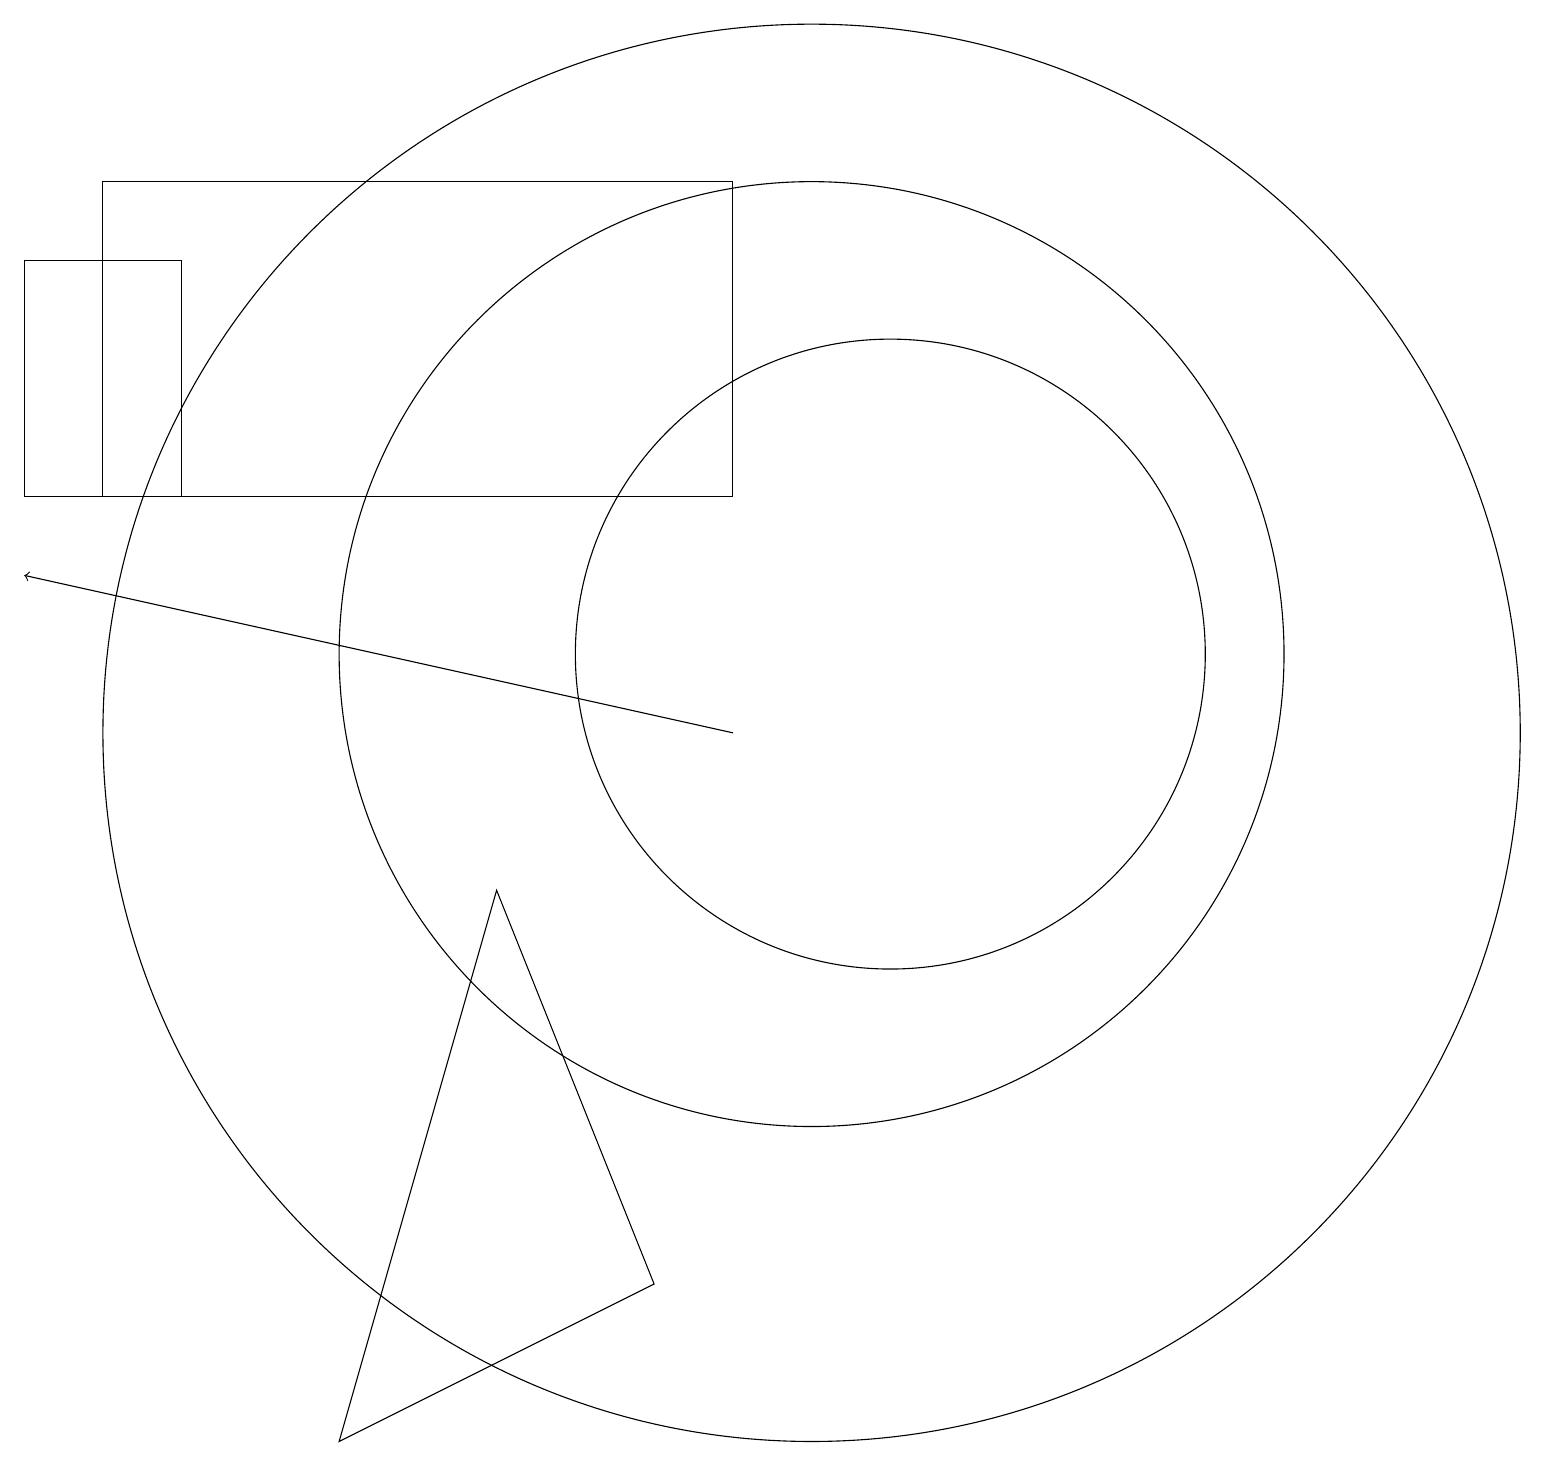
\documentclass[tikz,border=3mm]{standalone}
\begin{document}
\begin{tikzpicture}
\draw (1,13) rectangle (9,17);
\draw (10,10) circle (9);
\draw (11,11) circle (4);
\draw[->] (9,10) -- (0,12);
\draw (2,13) rectangle (0,16);
\draw (11,11) circle (0);
\draw (4,1) -- (8,3) -- (6,8) -- cycle;
\draw (10,11) circle (6);
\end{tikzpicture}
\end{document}